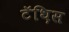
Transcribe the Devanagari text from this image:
टॅथ़िस